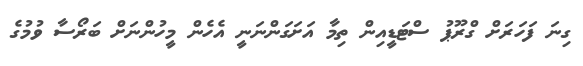
ގިނަ ފަހަރަށް ގްރޫޕު ސްޓަޑީއިން ތިމާ އަށަގަންނަނީ އެހެން މީހުންނަށް ބަރޯސާ ވުމުގެ